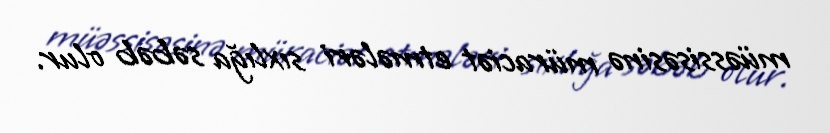
müəssisəsinə müraciət etmələri sıxlığa səbəb olur.